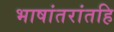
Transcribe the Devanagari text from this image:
भाषांतरांतहि